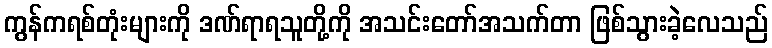
ကွန်ကရစ်တုံးများကို ဒဏ်ရာရသူတို့ကို အသင်းတော်အသက်တာ ဖြစ်သွားခဲ့လေသည်